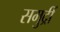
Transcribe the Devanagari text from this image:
समुद्रीं